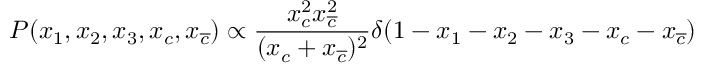
P ( x _ { 1 } , x _ { 2 } , x _ { 3 } , x _ { c } , x _ { \overline { { { c } } } } ) \propto \frac { x _ { c } ^ { 2 } x _ { \overline { { { c } } } } ^ { 2 } } { ( x _ { c } + x _ { \overline { { { c } } } } ) ^ { 2 } } \delta ( 1 - x _ { 1 } - x _ { 2 } - x _ { 3 } - x _ { c } - x _ { \overline { { { c } } } } )